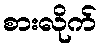
စားလိုက်